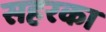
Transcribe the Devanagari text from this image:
सहरका